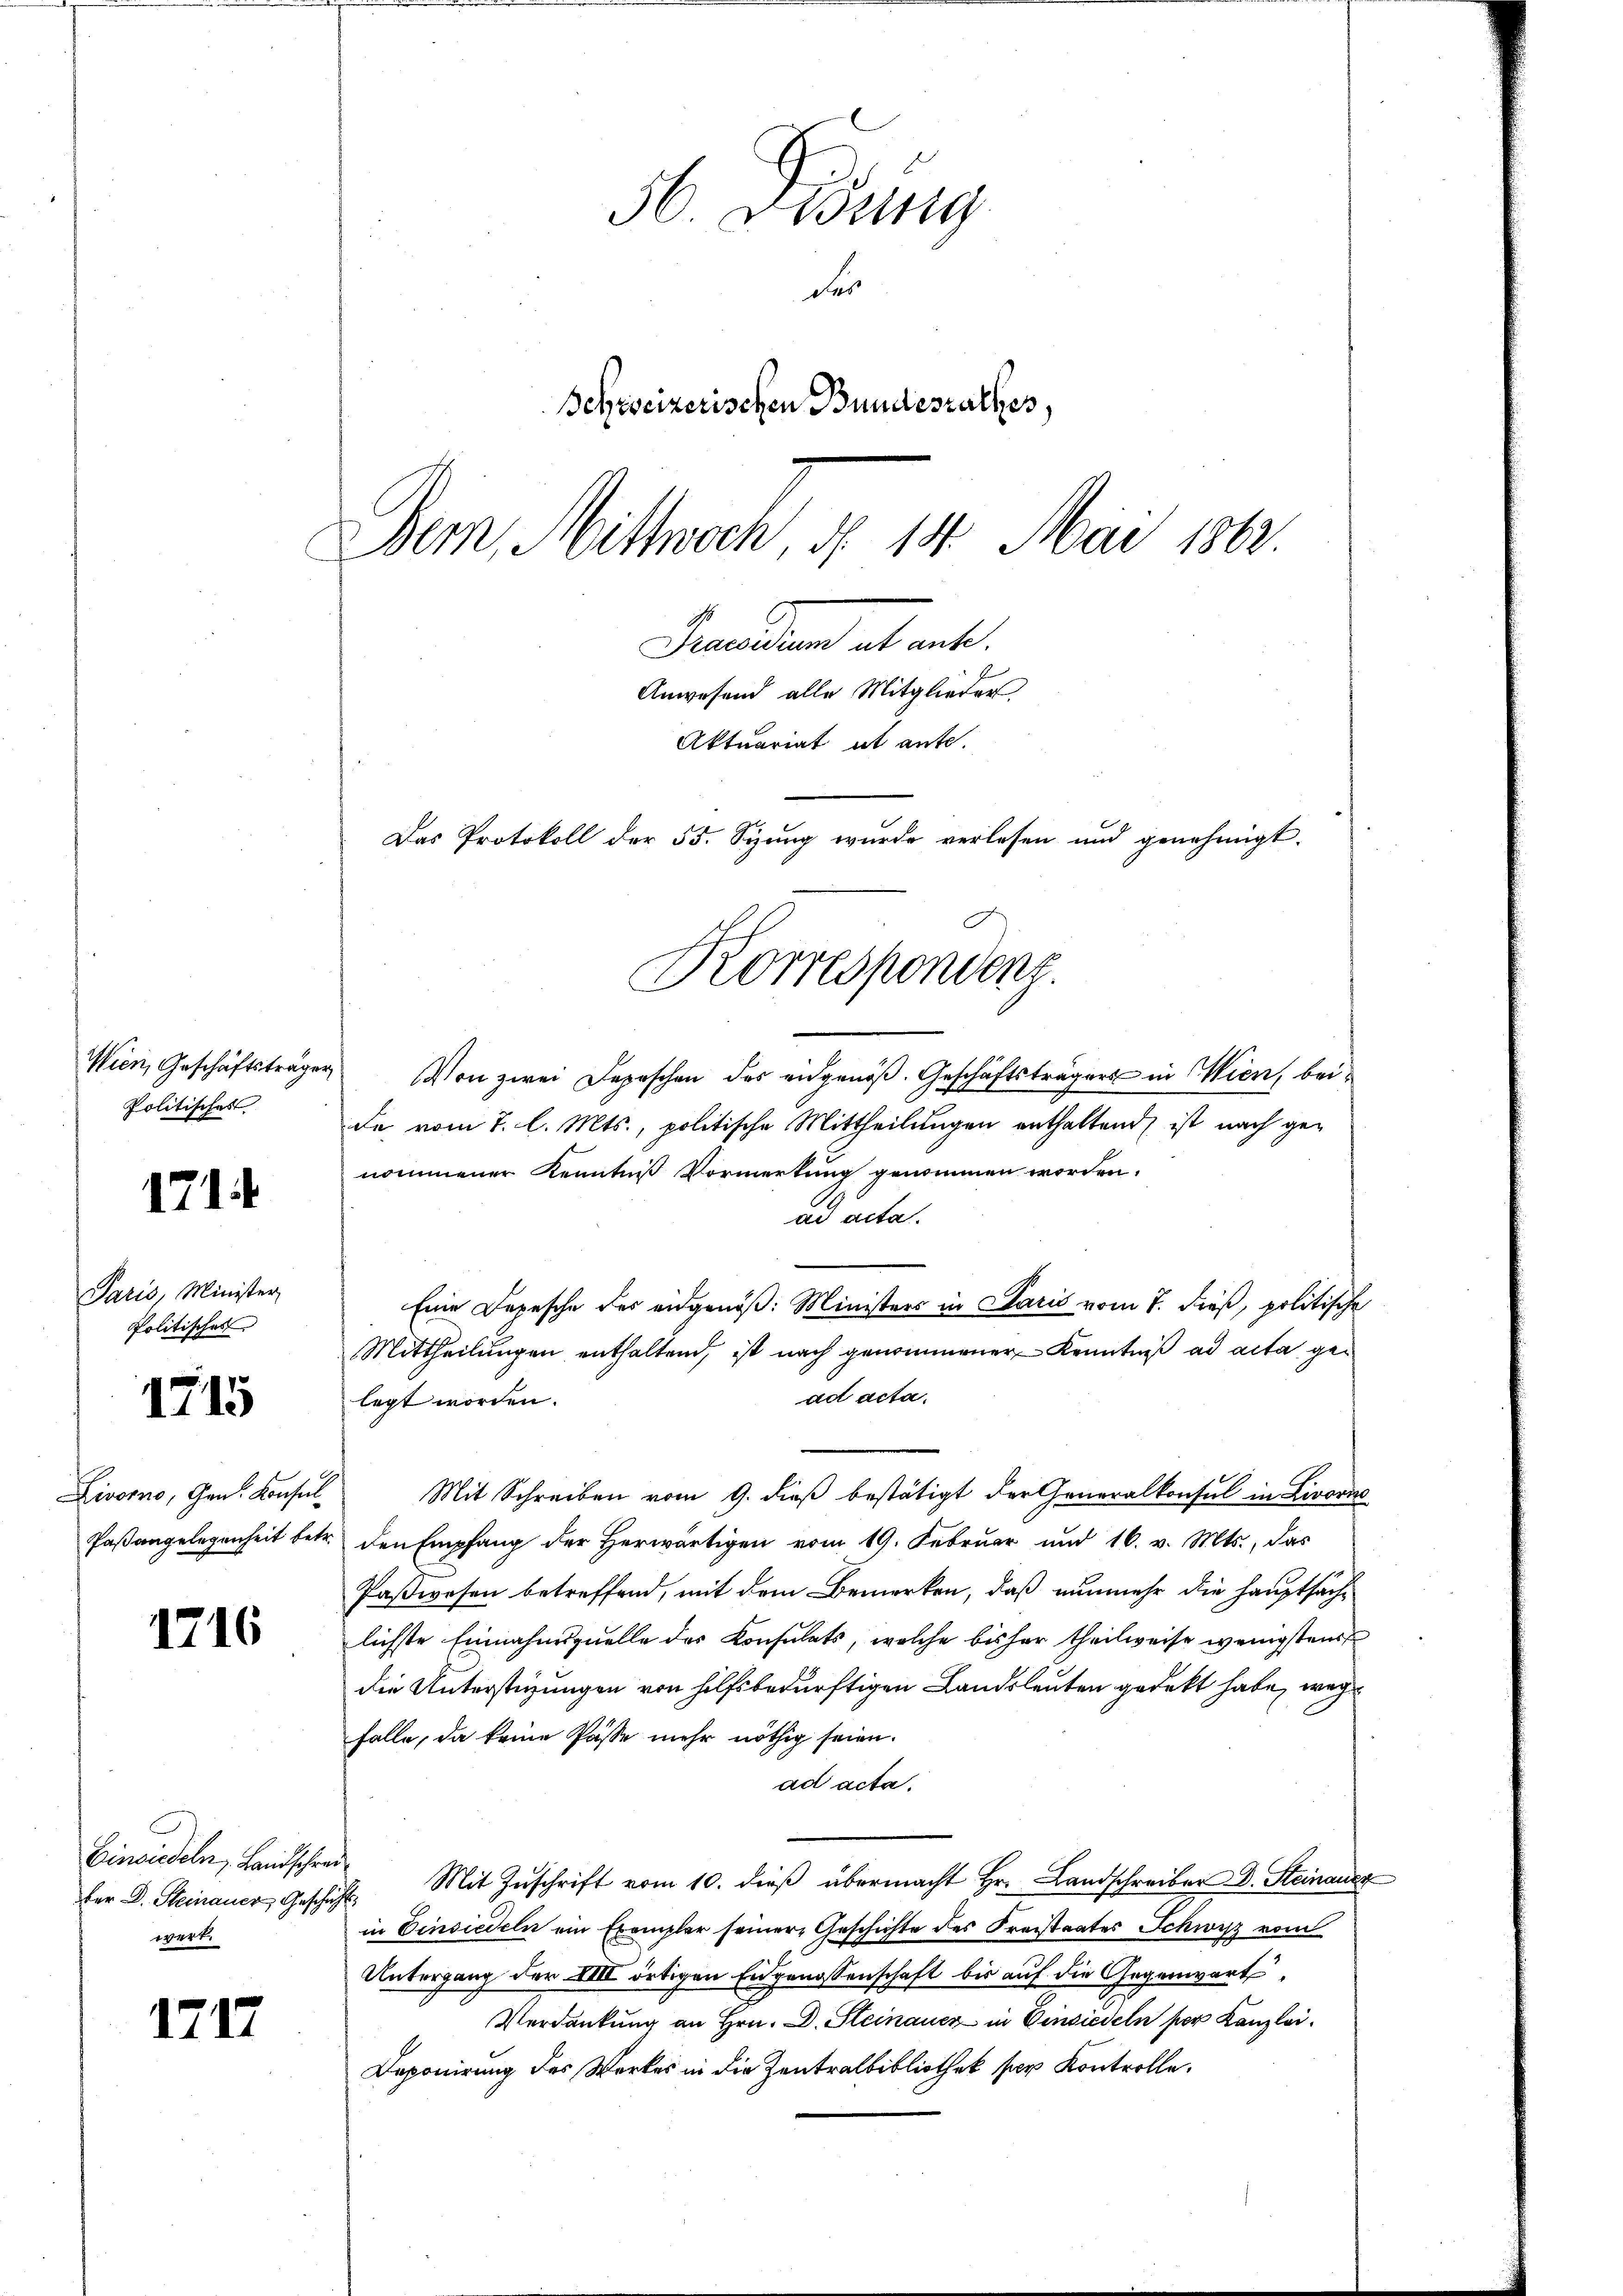
politisches

1714

Paris, Minister
Politischer

1715

1716

fer D. Steinauer, Geschichts
wert.

1717

56. Lesung
der
Schweizerischen Bundesrathes,
Bern, Mittwoch, d. 14. Mai 1862.
Brandten ab ent¬
Anwesend alle Mitglieder.
Aktuariat ut ante.
Das Protokoll der 55. Syung wurde verlesen und genehmigt.
Korrespondenz.

Wien, Geschäftsträger Von zwei Depeschen des eidgenöβ. Geschäftsträgers in Wien, bei
de vom 7. l. Mts., politische Mittheilungen enthaltend ist nach genommener Kenntniß Vormerkung genommen worden.
ad acta.
Eine Depesche des eidgenöß: Ministers in Paris vom 7. dieß, politische
Mittheilungen enthaltend, ist nach genommener Kenntniß ad acta gead acta.
legt worden.
Livorno, Gen. Konsul Mit Schreiben vom 9. dieß bestätigt der Generalkonsul in Livorne
Paßangelegenheit betr. den Empfang der Herwärtigen vom 19. Februar und 16. v. Mts., das
Paßwesen betreffend, mit dem Bemerken, daß nunmehr die Hauptsachlichste Einnahmsquelle des Konsulats, welche bisher theilweise wenigstens
die Unterstüzungen von hilfsbedürftigen Landsleuten gedekt habe, wege
falle, da keine Pässe mehr nöthig seien.
ad acta.
Einsiedeln, Landschrei Mit Zŭschrift vom 10. dieβ übermacht Hr. Landschreiber D. Steinausz
in Einsiedeln ein Exemplar seiner Geschichte des Kreistaates Schwyz vom
Untergang der XIII örtigen Eidgenossenschaft bis auf die Gegenwärt
Verdankung an Hrn. D. Steinauer in Einsiedeln per Kanzlei.
Deponirung des Werkes in die Zentralbibliothek per Kontrolle.